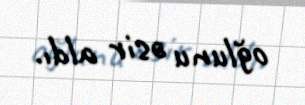
oğlunu əsir aldı.